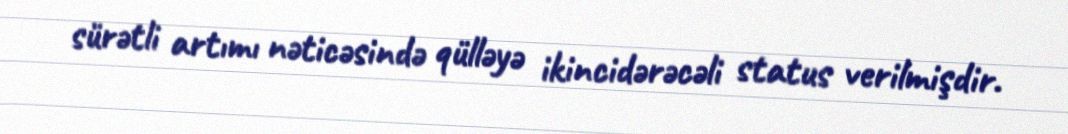
sürətli artımı nəticəsində qülləyə ikincidərəcəli status verilmişdir.